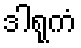
ဒါရုကံ